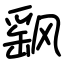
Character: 飖